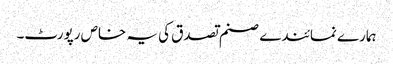
ہمارے نمائندے صنم تصدق کی یہ خاص رپورٹ۔